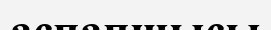
аспапшысы